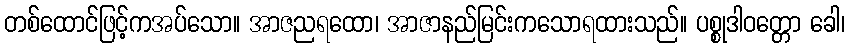
တစ်ထောင်ဖြင့်ကအပ်သော။ အာဇညရထော၊ အာဇာနည်မြင်းကသောရထားသည်။ ပစ္စုဒါဝတ္တော ခေါ၊